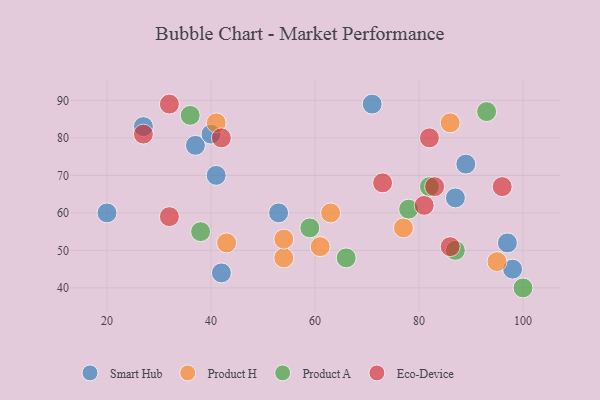
{"axis": {"x": "GDP", "y": "Life Expectancy"}, "legend": ["Eco-Device", "Product A", "Product H", "Smart Hub"], "data": [{"x": "27", "y": 83, "type": "Smart Hub"}, {"x": "89", "y": 73, "type": "Smart Hub"}, {"x": "41", "y": 70, "type": "Smart Hub"}, {"x": "71", "y": 89, "type": "Smart Hub"}, {"x": "37", "y": 78, "type": "Smart Hub"}, {"x": "53", "y": 60, "type": "Smart Hub"}, {"x": "97", "y": 52, "type": "Smart Hub"}, {"x": "98", "y": 45, "type": "Smart Hub"}, {"x": "42", "y": 44, "type": "Smart Hub"}, {"x": "87", "y": 64, "type": "Smart Hub"}, {"x": "20", "y": 60, "type": "Smart Hub"}, {"x": "40", "y": 81, "type": "Smart Hub"}, {"x": "54", "y": 48, "type": "Product H"}, {"x": "63", "y": 60, "type": "Product H"}, {"x": "95", "y": 47, "type": "Product H"}, {"x": "43", "y": 52, "type": "Product H"}, {"x": "77", "y": 56, "type": "Product H"}, {"x": "86", "y": 84, "type": "Product H"}, {"x": "61", "y": 51, "type": "Product H"}, {"x": "54", "y": 53, "type": "Product H"}, {"x": "41", "y": 84, "type": "Product H"}, {"x": "36", "y": 86, "type": "Product A"}, {"x": "38", "y": 55, "type": "Product A"}, {"x": "66", "y": 48, "type": "Product A"}, {"x": "78", "y": 61, "type": "Product A"}, {"x": "93", "y": 87, "type": "Product A"}, {"x": "87", "y": 50, "type": "Product A"}, {"x": "82", "y": 67, "type": "Product A"}, {"x": "100", "y": 40, "type": "Product A"}, {"x": "59", "y": 56, "type": "Product A"}, {"x": "42", "y": 80, "type": "Eco-Device"}, {"x": "32", "y": 89, "type": "Eco-Device"}, {"x": "83", "y": 67, "type": "Eco-Device"}, {"x": "81", "y": 62, "type": "Eco-Device"}, {"x": "96", "y": 67, "type": "Eco-Device"}, {"x": "82", "y": 80, "type": "Eco-Device"}, {"x": "27", "y": 81, "type": "Eco-Device"}, {"x": "86", "y": 51, "type": "Eco-Device"}, {"x": "73", "y": 68, "type": "Eco-Device"}, {"x": "32", "y": 59, "type": "Eco-Device"}]}